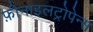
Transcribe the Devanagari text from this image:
फ़ीनाइलट्रोपेन्स